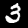
Digit: 3